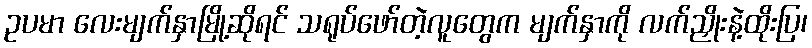
ဥပမာ လေးမျက်နှာမြို့ဆိုရင် သရုပ်ဖော်တဲ့လူတွေက မျက်နှာကို လက်ညှိုးနဲ့ထိုးပြ၊